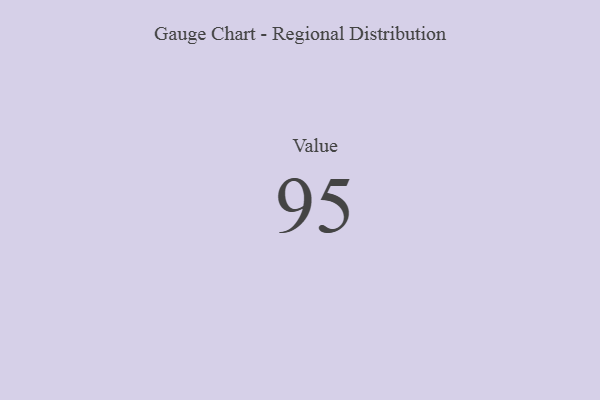
{"axis": {"x": "Metric", "y": "Value"}, "legend": [""], "data": [{"x": "Value", "y": 95, "type": ""}]}